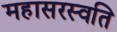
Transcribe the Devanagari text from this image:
महासरस्वति